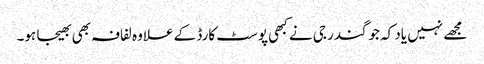
مجھے نہیں یاد کہ جوگندر جی نے کبھی پوسٹ کارڈ کے علاوہ لفافہ بھی بھیجا ہو۔